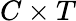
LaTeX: C\times T